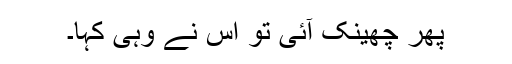
پھر چھینک آئی تو اس نے وہی کہا۔